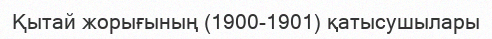
Қытай жорығының (1900-1901) қатысушылары